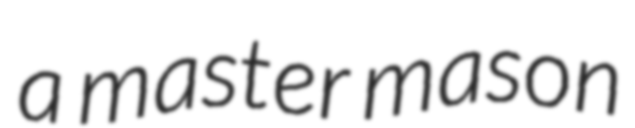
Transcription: a master mason